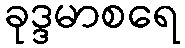
ခုဒ္ဒမာစရေ